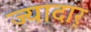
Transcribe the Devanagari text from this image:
ज्यादार्